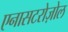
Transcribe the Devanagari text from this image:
एनासटरोज़ोल